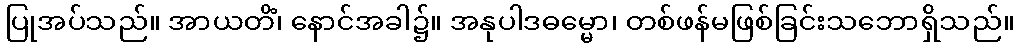
ပြုအပ်သည်။ အာယတိံ၊ နောင်အခါ၌။ အနုပါဒဓမ္မော၊ တစ်ဖန်မဖြစ်ခြင်းသဘောရှိသည်။